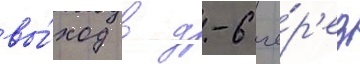
вы́ход в д-6 че́р'ез